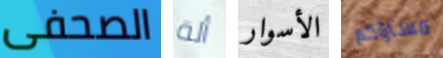
الصحفى ألة الأسوار مساؤكم